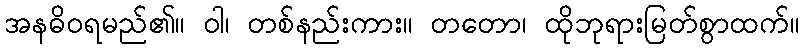
အနဓိဝရမည်၏။ ဝါ၊ တစ်နည်းကား။ တတော၊ ထိုဘုရားမြတ်စွာထက်။